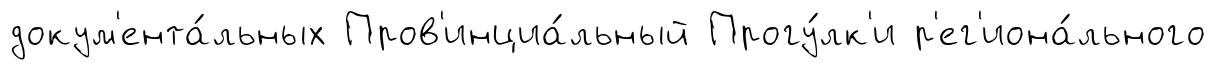
докум'ента́льных Пров'инциа́льный Прогу́лк'и р'ег'иона́льного